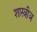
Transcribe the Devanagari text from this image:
शास्त्रीञ